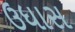
ઉધાસ